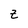
Character: z